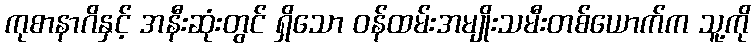
ကုစာနာဂိနှင့် အနီးဆုံးတွင် ရှိသော ဝန်ထမ်းအမျိုးသမီးတစ်ယောက်က သူ့ကို